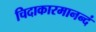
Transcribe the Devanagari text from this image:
चिदाकारमानन्दं